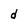
Character: d